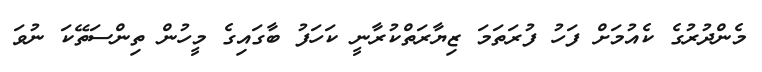
މެންދުރުގެ ކެއުމަށް ފަހު ފުރަތަމަ ޒިޔާރަތްކުރާނީ ކަހަފު ބާގައިގެ މީހުން ތިންސަތޭކަ ނުވަ